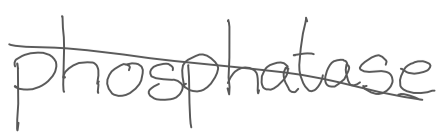
Text: phosphatase
Cross-out: diagonal
Writing tool: digital_gray